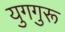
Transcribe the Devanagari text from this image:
युगगुरू